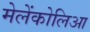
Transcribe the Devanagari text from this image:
मेलेंकोलिआ